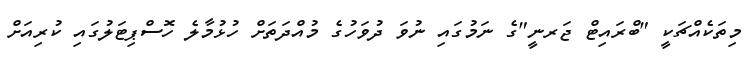
މިތަކެއްޗަކީ "ބްރައިޓް ޖަރނީ"ގެ ނަމުގައި ނުވަ ދުވަހުގެ މުއްދަތަށް ހުޅުމާލެ ހޮސްޕިޓަލުގައި ކުރިއަށް